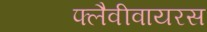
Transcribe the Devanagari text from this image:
फ्लैवीवायरस